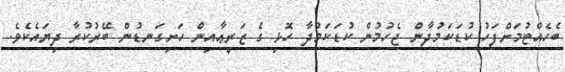
ބެހެއްޓުމަށްފަހު ކުޑަކަމުދާން ޖެހުމުން ކުޑަކަމުދާ ހޮޅި ގެ ޒަރީޢާއިން ހަށިގަނޑުން ބޭރުކުރާ ދިޔައެކެވެ.